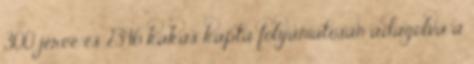
300 jérce és 2346 kakas kapta folyamatosan adagolva a